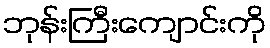
ဘုန်းကြီးကျောင်းကို